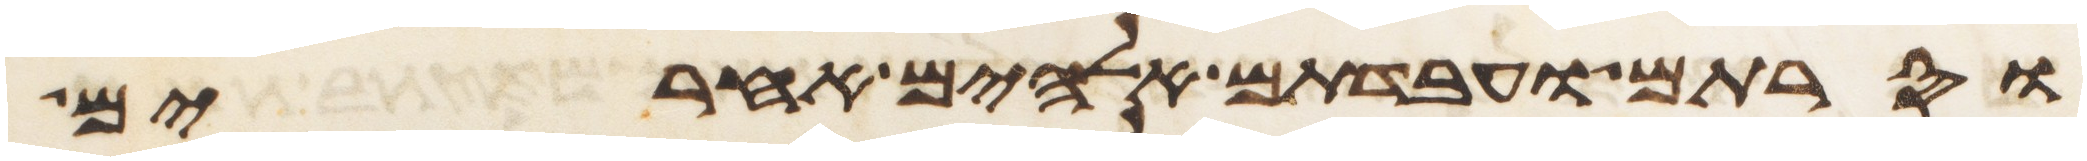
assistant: וסרתם ועבדתם אלהים אחרים